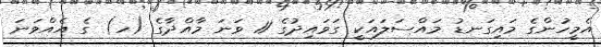
އެމީހުންގެ މައިގަނޑު މައްސަލައަކީ ގަވައިދުގެ 11 ވަނަ މާއްދާގެ (ހ) ގެ އެއްވަނަ